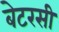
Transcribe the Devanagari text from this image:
बेटरसी